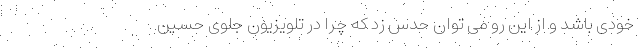
خودی باشد و از این رو می توان حدس زد که چرا در تلویزیون جلوی حسین